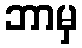
ဘာမှ